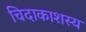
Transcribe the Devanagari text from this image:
चिदाकाशस्य